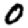
Digit: 0